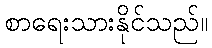
စာရေးသားနိုင်သည်။